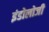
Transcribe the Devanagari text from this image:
इंडोलोजी